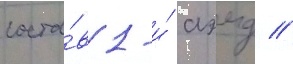
соста́в 1-и́ аэмд //